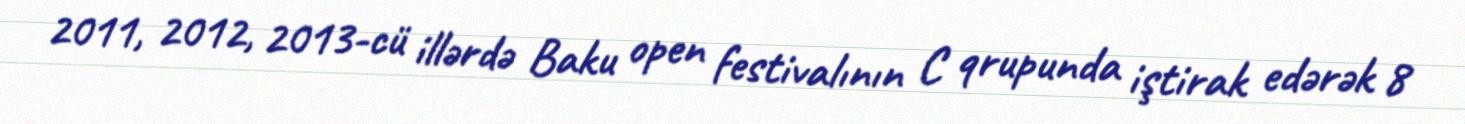
2011, 2012, 2013-cü illərdə Baku open festivalının C qrupunda iştirak edərək 8